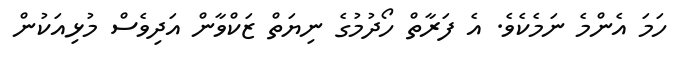
ހަމަ އެންމެ ނަމެކެވެ. އެ ފަރާތް ހޯދުމުގެ ނިޔަތް ޒަކްވާން އަދިވެސް މުޅިއަކުން